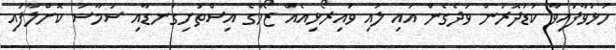
ހުޅުވާފައިވާ ކުޑަދޮރުން ވަދެގެން އައި ލުއި ވައިރޯޅިއެއް ޒޯހާގެ އިސްތަށިގަނޑާއި ސަމާސަ ކޮށްލާފައި